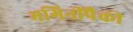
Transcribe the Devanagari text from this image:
भगिनींपैकी